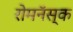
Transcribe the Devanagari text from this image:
रोमनॅस्क